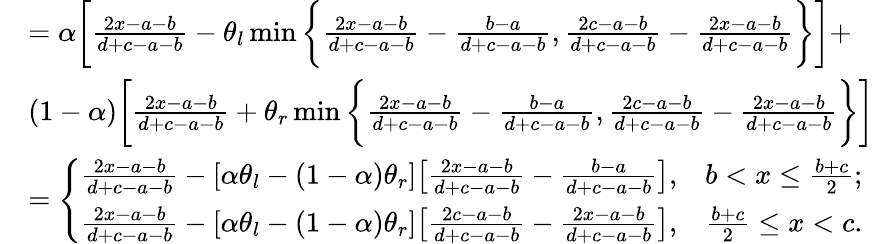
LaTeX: \begin{array}{rl}&{=\alpha\bigg[\frac{2x-a-b}{d+c-a-b}-\theta_{l}\operatorname*{min}\bigg\{ \frac{2x-a-b}{d+c-a-b}-\frac{b-a}{d+c-a-b},\frac{2c-a-b}{d+c-a-b}-\frac{2x-a-b}{d+c-a-b}\bigg\} \bigg]+}\\ &{(1-\alpha)\bigg[\frac{2x-a-b}{d+c-a-b}+\theta_{r}\operatorname*{min}\bigg\{ \frac{2x-a-b}{d+c-a-b}-\frac{b-a}{d+c-a-b},\frac{2c-a-b}{d+c-a-b}-\frac{2x-a-b}{d+c-a-b}\bigg\} \bigg]}\\ &{=\left\{ \begin{array}{ll}{\frac{2x-a-b}{d+c-a-b}-[\alpha\theta_{l}-(1-\alpha)\theta_{r}]\big[\frac{2x-a-b}{d+c-a-b}-\frac{b-a}{d+c-a-b}\big],}&{b<x\leq\frac{b+c}{2};}\\ {\frac{2x-a-b}{d+c-a-b}-[\alpha\theta_{l}-(1-\alpha)\theta_{r}]\big[\frac{2c-a-b}{d+c-a-b}-\frac{2x-a-b}{d+c-a-b}\big],}&{\frac{b+c}{2}\leq x<c.}\end{array}\right.}\end{array}